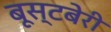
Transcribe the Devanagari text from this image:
बूस्टबेरी